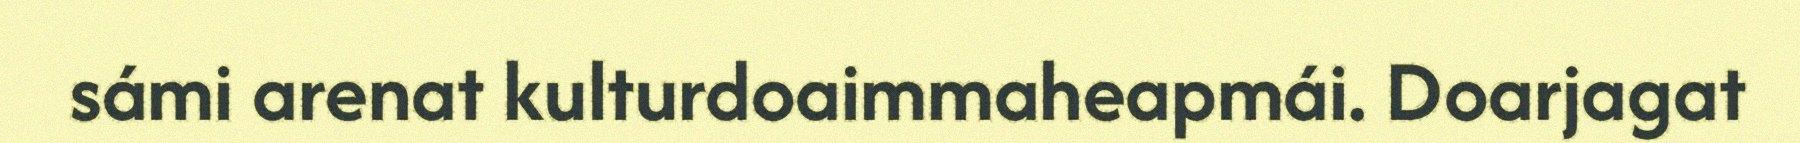
sámi arenat kulturdoaimmaheapmái. Doarjagat